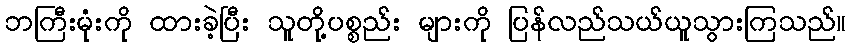
ဘကြီးမုံးကို ထားခဲ့ပြီး သူတို့ပစ္စည်း များကို ပြန်လည်သယ်ယူသွားကြသည်။